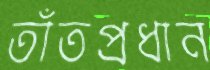
তাঁতপ্রধান